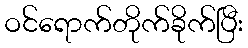
ဝင်ရောက်တိုက်ခိုက်ပြီး